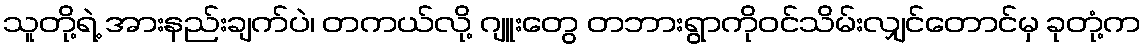
သူတို့ရဲ့ အားနည်းချက်ပဲ၊ တကယ်လို့ ဂျူးတွေ တဘားရွာကိုဝင်သိမ်းလျှင်တောင်မှ ခုတုံ့က